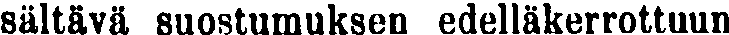
sältävä suostumuksen edelläkerrottuun